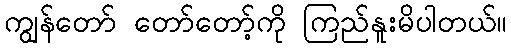
ကျွန်တော် တော်တော့်ကို ကြည်နူးမိပါတယ်။